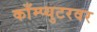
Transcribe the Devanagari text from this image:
काँम्प्युटरवर